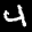
Label: 4